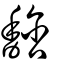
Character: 馠